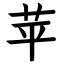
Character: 苹